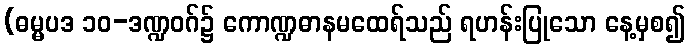
(ဓမ္မပဒ ၁၀-ဒဏ္ဍဝဂ်၌ ကောဏ္ဍဓာနမထေရ်သည် ရဟန်းပြုသော နေ့မှစ၍